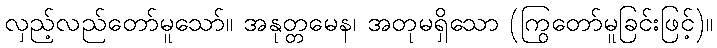
လှည့်လည်တော်မူသော်။ အနုတ္တမေန၊ အတုမရှိသော (ကြွတော်မူခြင်းဖြင့်)။